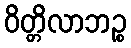
ဝိတ္တိလာဘဉ္စ